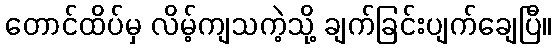
တောင်ထိပ်မှ လိမ့်ကျသကဲ့သို့ ချက်ခြင်းပျက်ချေပြီ။